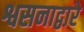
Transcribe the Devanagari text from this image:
श्वसनाद्वारे